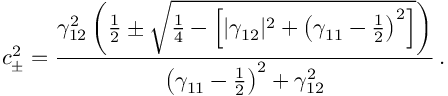
c _ { \pm } ^ { 2 } = \frac { \gamma _ { 1 2 } ^ { 2 } \left( \frac { 1 } { 2 } \pm \sqrt { \frac { 1 } { 4 } - \left[ | \gamma _ { 1 2 } | ^ { 2 } + \left( \gamma _ { 1 1 } - \frac { 1 } { 2 } \right) ^ { 2 } \right] } \right) } { \left( \gamma _ { 1 1 } - \frac { 1 } { 2 } \right) ^ { 2 } + \gamma _ { 1 2 } ^ { 2 } } \, .